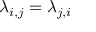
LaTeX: \lambda _ { i , j } = \lambda _ { j , i }